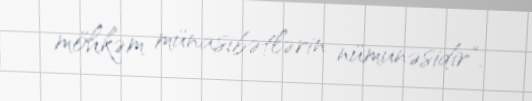
möhkəm münasibətlərin nümunəsidir".